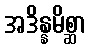
အဒိန္နမိစ္ဆာ